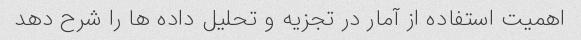
اهمیت استفاده از آمار در تجزیه و تحلیل داده ها را شرح دهد